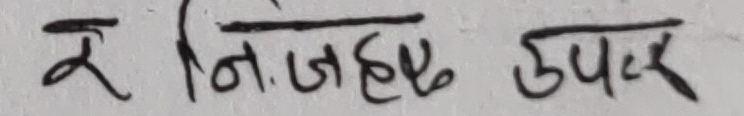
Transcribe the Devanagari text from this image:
र नि. जहड उपर